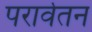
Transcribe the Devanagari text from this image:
परार्वतन